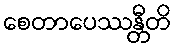
စေတာပေဿန္တီတိ